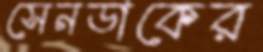
সেনডাকের